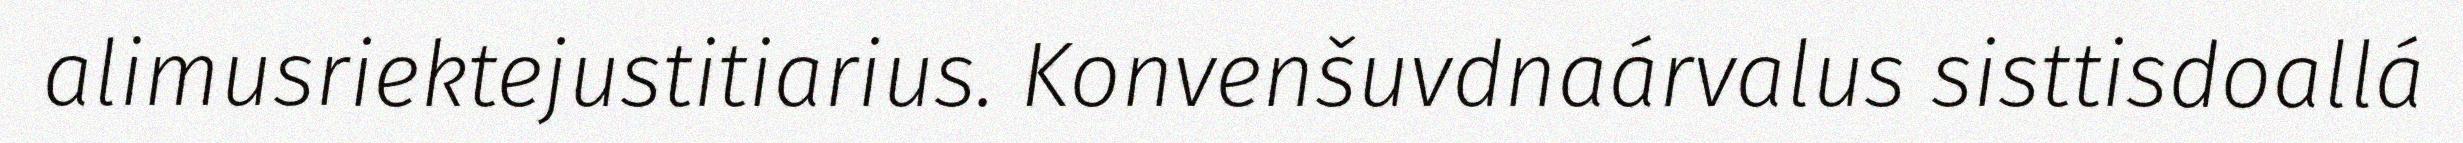
alimusriektejustitiarius. Konvenšuvdnaárvalus sisttisdoallá